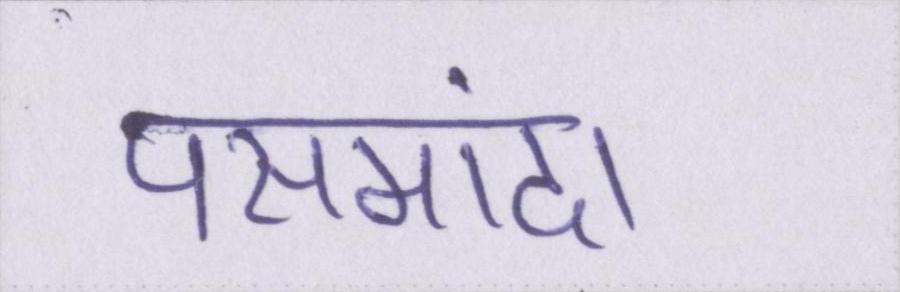
पसमांदा